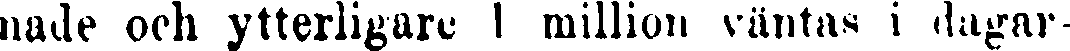
nade och ytterligare 1 million väntas i dagar-